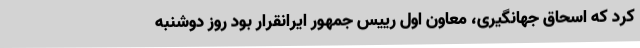
کرد که اسحاق جهانگیری، معاون اول رییس جمهور ایرانقرار بود روز دوشنبه